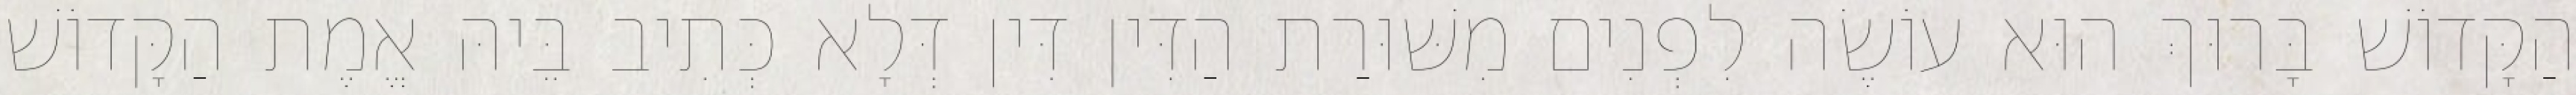
הַקָּדוֹשׁ בָּרוּךְ הוּא עוֹשֶׂה לִפְנִים מִשּׁוּרַת הַדִּין דִּין דְּלָא כְּתִיב בֵּיהּ אֱמֶת הַקָּדוֹשׁ